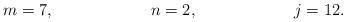
LaTeX: \begin{align*}m &= 7, & n &= 2, & j &= 12.\end{align*}